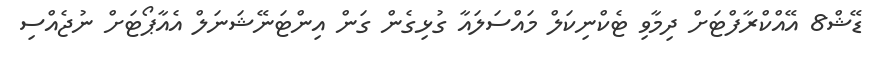
ޑޭޝް8 އޭއްކްރާފްޓަށް ދިމާވި ޓެކްނިކަލް މައްސަލައާ ގުޅިގެން ގަން އިންޓަނޭޝަނަލް އެއާޕޯޓަށް ނުޖެއްސި